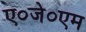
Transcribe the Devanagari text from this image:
ए०जे०एम